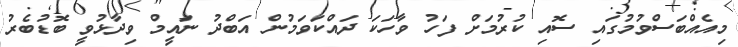
މިއެއްބަސްވުމުގައި ސޮއި ކުރުމަށް ފަހު ވާހަކަ ދައްކަވަމުން އަބްދު ނައީމް ވިދާޅުވީ ބޮޑުބެރު